Insane asylums in Bengal annual reports 1867-1875 - 1867-1875
Year: 1867
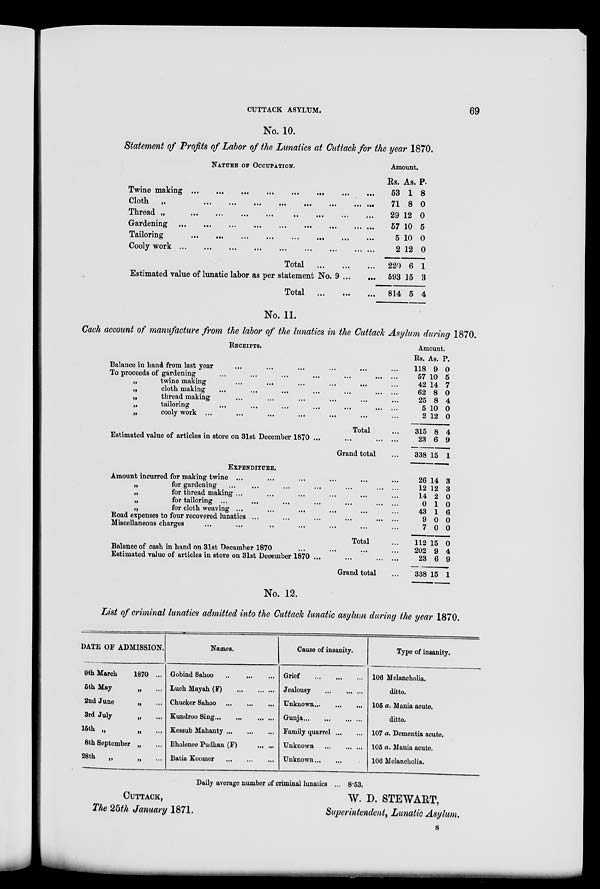
CUTTACK ASYLUM.
69
No. 10.
Statement of Profits of Labor of the Lunatics at Cuttack for the year 1870.
NATURE OF OCCUPATION.
Twine making
...
...
...
...
...
...
...
...
...
Cloth „ ... ... ... ... ... ... ... ... ... ... ...
Thread
„
...
...
...
...
..
...
...
...
Gardening ...
...
...
...
...
...
...
...
Tailoring ... ... ... ... ... ... ... ... ... ... ...
Cooly work
...
...
...
...
...
...
...
...
...
...
Total
...
...
...
Estimated value of lunatic labor as per statement No. 9 ... ...
Total
...
...
...
Amount
Rs.
53
71
29
57
5
2
220
593
814
As.
1
8
12
10
10
12
6
15
5
P.
8
0
0
5
0
0
1
3
4
No. 11.
Cach account of manufacture from the labor of the lunatics in the Cuttack Asylum during 1870.
RECEIPTS.
Balance in hand from last year ... ... ... ... ... ...
To proceeds of gardening
...
...
...
...
...
...
...
„
twine making
...
...
...
...
...
...
...
...
„
cloth making
...
...
...
...
...
...
...
...
„
thread making ... ... ... ... ... ... ... ... ...
„
tailoring
...
...
...
...
...
...
...
...
...
...
„
cooly work ... ... ... ... ... ... ... ... ...
Total ...
Estimated value of articles in store on 31st December 1870
...
...
...
...
Grand total ...
EXPENDITURE.
Amount incurred for making twine ... ... ... ... ... ...
„
for gardening
...
...
...
...
...
...
...
...
„
for thread making ... ... ... ... ... ... ... ...
„
for tailoring ... ... ... ... ... ... ... ... ...
„
for cloth weaving ... ... ... ... ... ... ... ...
Road expenses to four recovered lunatics
...
...
...
...
...
Miscellaneous charges ... ... ... ... ... ... ... ... ...
Total ...
Balance of cash in hand on 31st Decamber 1870 ... ... ... ...
Estimated value of articles in store on 31st December 1870 ...
...
...
...
Grand total ...
Amount.
Rs.
118
57
42
62
25
5
2
315
23
338
26
12
14
0
43
9
7
112
202
23
338
As.
9
10
14
8
8
10
12
8
6
15
14
12
2
1
1
0
0
15
9
6
15
P.
0
5
7
0
4
0
0
4
9
1
3
3
0
0
6
0
0
0
4
9
1
No. 12.
List of criminal lunatics admitted into the Cuttack lunatic asylum during the year 1870.
DATE OF ADMISSION.
9th March 1870 ...
5th May
„ ...
2nd June
„ ...
3rd July
„ ...
15th „
„
...
8th September „ ...
28th „ „ ...
Names.
Gobind Sahoo
...
...
...
Luch Mayah (F) ... ... ...
Chucker Sahoo
...
...
...
Kundroo Sing ... ... ... ...
Kessub Mahanty ... ... ...
Bholenee Pudhan (F)
...
...
Batia Koomer
...
...
...
Cause of insanity.
Grief
...
...
...
Jealousy ... ... ...
Unknown ... ... ...
Gunja ... ... ... ...
Family quarrel ... ...
Unknown ... ... ...
Unknown ... ... ...
Type of insanity.
106 Melancholia.
ditto.
105 a. Mania acute.
ditto.
107 a. Dementia acute.
105 a. Mania acute.
106 Melancholia.
Daily average number of criminal lunatics ... 8.53.
CUTTACK,
W. D. STEWART,
The 25th January 1871.
Superintendent, Lunatic Asylum.
S